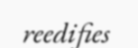
reedifies